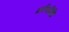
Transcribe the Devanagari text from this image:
घर्षणविधि